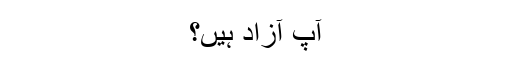
آپ آزاد ہیں؟